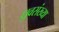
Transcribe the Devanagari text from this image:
ध्रुवसंख्या